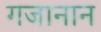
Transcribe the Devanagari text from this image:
गजानान